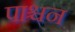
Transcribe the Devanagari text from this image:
पाश्चन